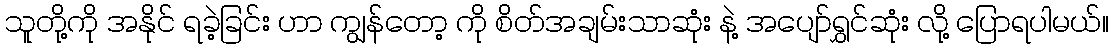
သူတို့ကို အနိုင် ရခဲ့ခြင်း ဟာ ကျွန်တော့ ကို စိတ်အချမ်းသာဆုံး နဲ့ အပျော်ရွှင်ဆုံး လို့ ပြောရပါမယ်။